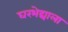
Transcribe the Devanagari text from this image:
घरभेद्याला